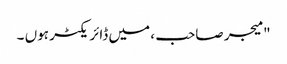
" میجر صاحب ، میں ڈائریکٹر ہوں ۔